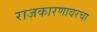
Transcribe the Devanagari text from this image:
राजकारणावरचा